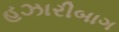
હઝારીબાગ